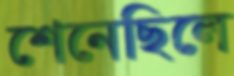
শেনেছিলে